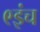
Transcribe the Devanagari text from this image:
९इंच